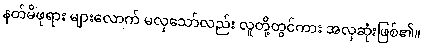
နတ်မိဖုရား များလောက် မလှသော်လည်း လူတို့တွင်ကား အလှဆုံးဖြစ်၏။